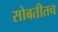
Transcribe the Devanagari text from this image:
सोबतीतच